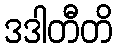
ဒဒါတီတိ